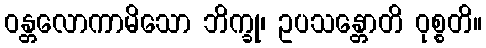
ဝန္တလောကာမိသော ဘိက္ခု၊ ဥပသန္တောတိ ဝုစ္စတိ။